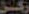
ركن